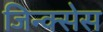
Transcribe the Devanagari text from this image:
जिन्क्सेस